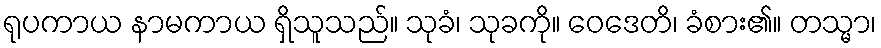
ရုပကာယ နာမကာယ ရှိသူသည်။ သုခံ၊ သုခကို။ ဝေဒေတိ၊ ခံစား၏။ တသ္မာ၊